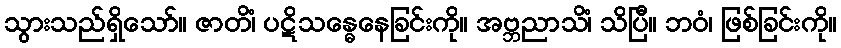
သွားသည်ရှိသော်။ ဇာတိံ၊ ပဋိသန္ဓေနေခြင်းကို။ အဗ္ဘညာသိံ၊ သိပြီ။ ဘဝံ၊ ဖြစ်ခြင်းကို။